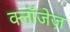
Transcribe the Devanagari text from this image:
क्लॉजेज़